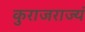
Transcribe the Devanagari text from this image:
कुराजराज्यं